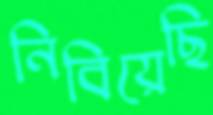
নিবিয়েছি